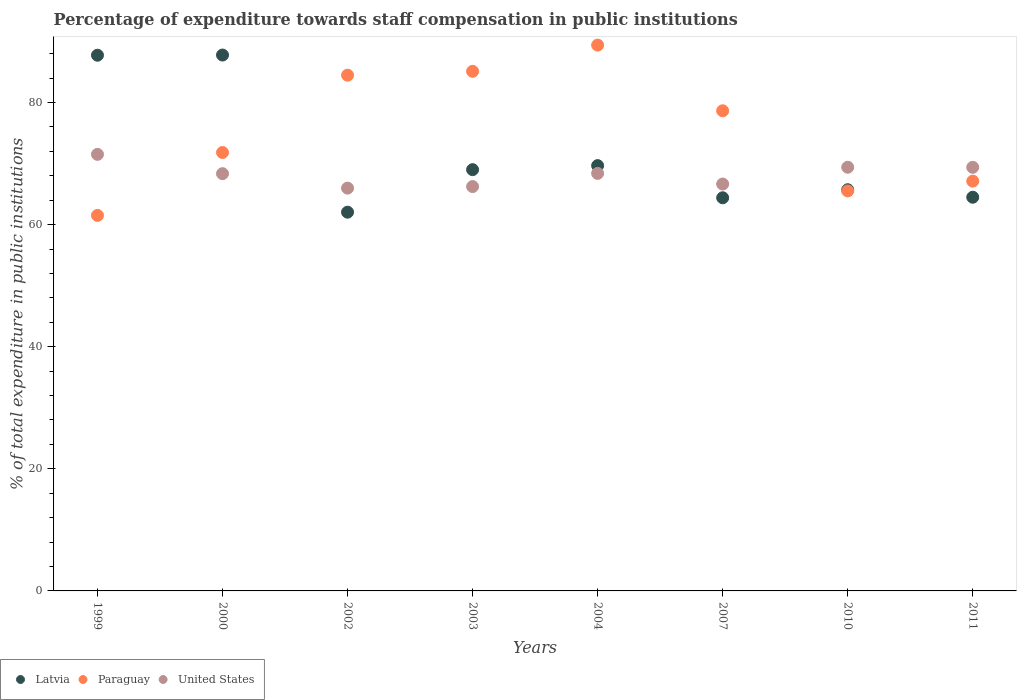
| Years | Latvia | Paraguay | United States |
 | --- | --- | --- | --- |
 | 1999 | 87.8 | 61.5 | 71.5 |
 | 2000 | 87.8 | 71.8 | 68.4 |
 | 2002 | 62 | 84.5 | 66 |
 | 2003 | 69 | 85.1 | 66.2 |
 | 2004 | 69.7 | 89.4 | 68.4 |
 | 2007 | 64.4 | 78.7 | 66.7 |
 | 2010 | 65.7 | 65.5 | 69.4 |
 | 2011 | 64.5 | 67.1 | 69.4 |